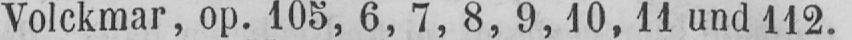
Volckmar, op. 105, 6, 7, 8, 9, 10, 11 und 112.